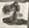
Text: 2